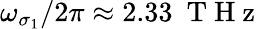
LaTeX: \omega_{\sigma_{1}}/2\pi\approx 2.33~\mathrm{~T~H~z~}